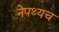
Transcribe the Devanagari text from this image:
नेपथ्यच